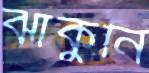
ঝাঁকুনি